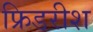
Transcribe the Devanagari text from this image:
फ्रिडरीश